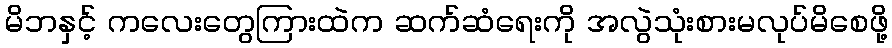
မိဘနှင့် ကလေးတွေကြားထဲက ဆက်ဆံရေးကို အလွဲသုံးစားမလုပ်မိစေဖို့